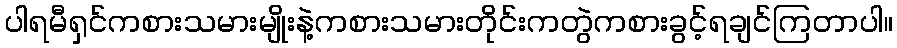
ပါရမီရှင်ကစားသမားမျိုးနဲ့ကစားသမားတိုင်းကတွဲကစားခွင့်ရချင်ကြတာပါ။